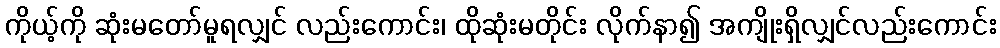
ကိုယ့်ကို ဆုံးမတော်မူရလျှင် လည်းကောင်း၊ ထိုဆုံးမတိုင်း လိုက်နာ၍ အကျိုးရှိလျှင်လည်းကောင်း